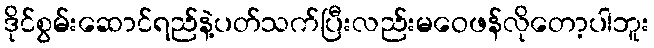
ဒိုင်စွမ်းဆောင်ရည်နဲ့ပတ်သက်ပြီးလည်းမဝေဖန်လိုတော့ပါဘူး